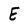
Character: E